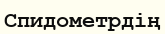
Спидометрдің